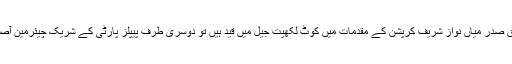
سابق وزیراعظم و پاکستان مسلم لیگ کے سابق صدر میاں نواز شریف کرپشن کے مقدمات میں کوٹ لکھپت جیل میں قید ہیں تو دوسری طرف پیپلز پارٹی کے شریک چیئرمین آصف علی زرداری جیل جانے کے لیے تیار ہیں۔